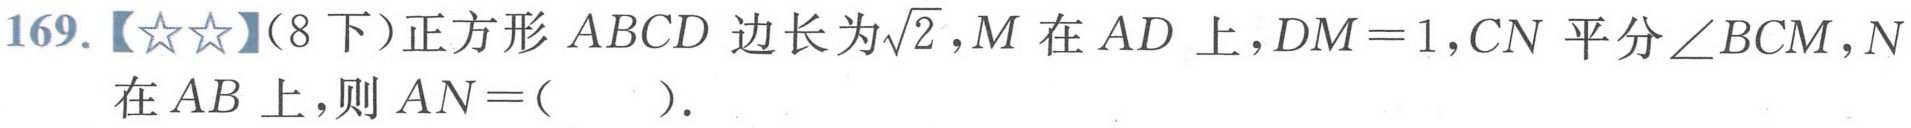
169.【★★】(8下)正方形 \(ABCD\) 边长为\(\sqrt{2}\)，\(M\) 在 \(AD\) 上，\(DM = 1\)，\(CN\) 平分\(\angle BCM\)，\(N\) 在 \(AB\) 上，则 \(AN=(\quad)\).